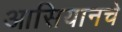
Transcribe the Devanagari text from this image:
आसियानचे